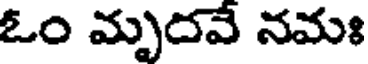
ఓం మృదవే నమః